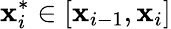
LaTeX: \mathbf{x}_{i}^{*}\in[\mathbf{x}_{i-1},\mathbf{x}_{i}]